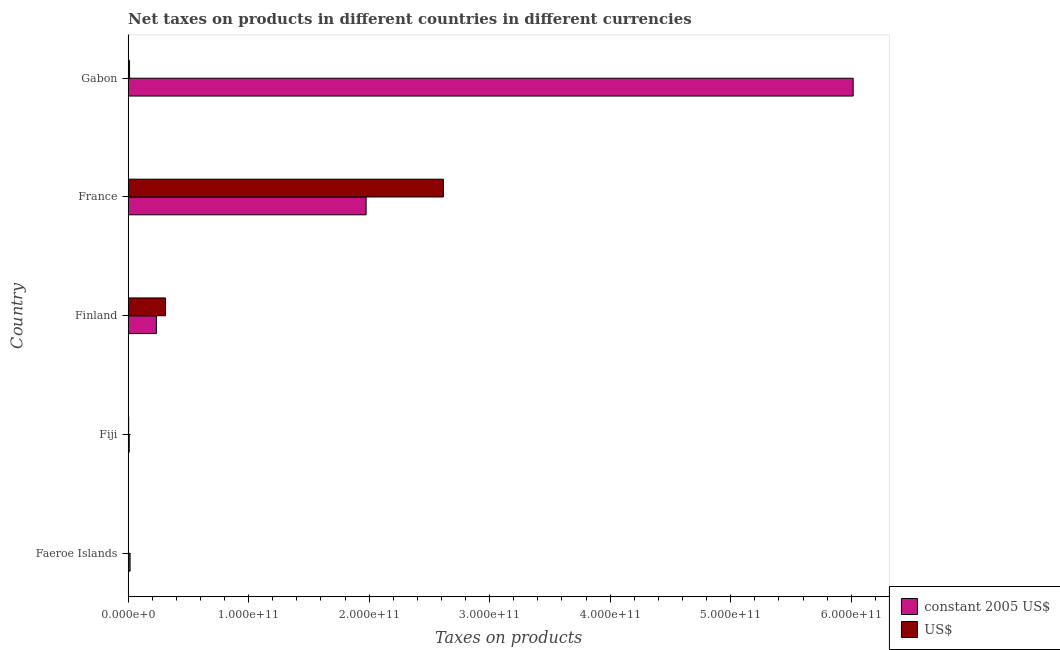
| Country | constant 2005 US$ | US$ |
 | --- | --- | --- |
 | Faeroe Islands | 1.67e+09 | 2.96e+08 |
 | Fiji | 9.73e+08 | 5.07e+08 |
 | Finland | 2.35e+10 | 3.11e+10 |
 | France | 1.97e+11 | 2.62e+11 |
 | Gabon | 6.02e+11 | 1.21e+09 |